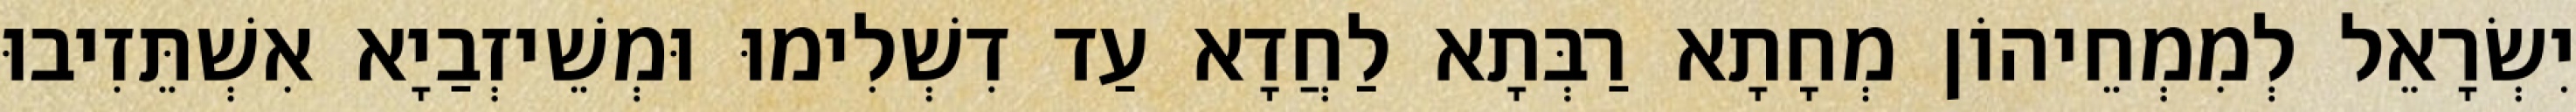
יִשְׂרָאֵל לְמִמְחֵיהוֹן מְחָתָא רַבְּתָא לַחֲדָא עַד דִשְׁלִימוּ וּמְשֵׁיזְבַיָא אִשְׁתֵּזִיבוּ